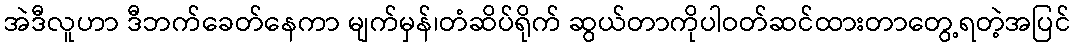
အဲဒီလူဟာ ဒီဘက်ခေတ်နေကာ မျက်မှန်၊တံဆိပ်ရိုက် ဆွယ်တာကိုပါဝတ်ဆင်ထားတာတွေ့ရတဲ့အပြင်